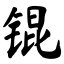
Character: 锟